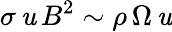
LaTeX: \sigma\, \mathit{u}\, B^{2}\sim\rho\, \Omega\, \mathit{u}